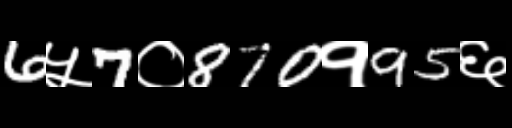
Text: 6५7०870१95६